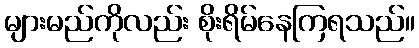
များမည်ကိုလည်း စိုးရိမ်နေကြရသည်။